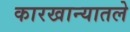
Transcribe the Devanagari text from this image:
कारखान्यातले